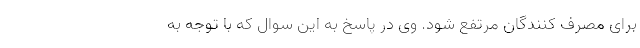
برای مصرف کنندگان مرتفع شود. وی در پاسخ به این سوال که با توجه به